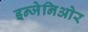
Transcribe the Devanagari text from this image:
इन्जेनिओर